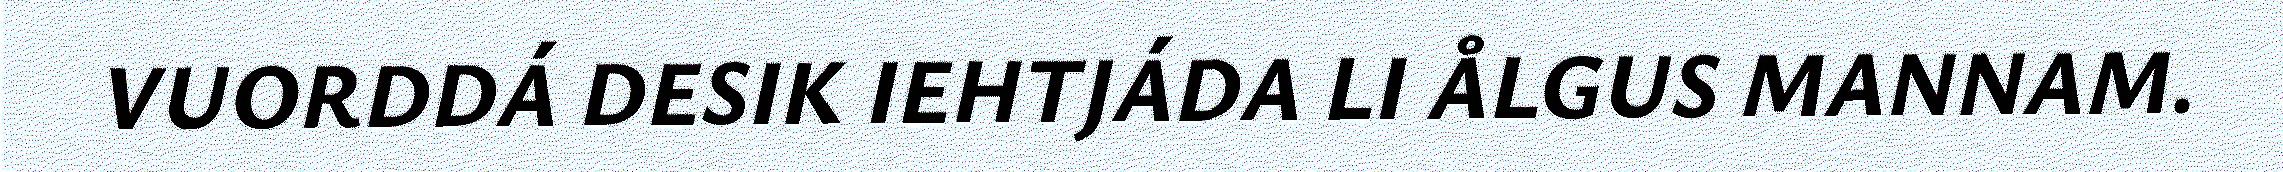
VUORDDÁ DESIK IEHTJÁDA LI ÅLGUS MANNAM.